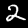
Digit: 2